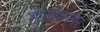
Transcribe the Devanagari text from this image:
मत्स्यनगर